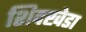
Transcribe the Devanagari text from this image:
शिदखेडा